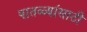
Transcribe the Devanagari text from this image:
पातळ्यांसाठी